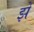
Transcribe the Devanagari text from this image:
झे